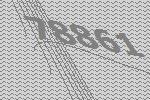
78861